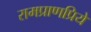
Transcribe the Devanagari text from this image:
रामप्राणप्रिये